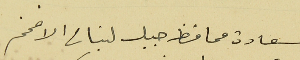
سعادة محافظ جبل لبنان الافخم